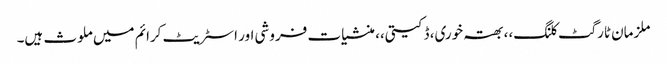
ملزمان ٹارگٹ کلنگ،، بھتہ خوری، ڈکیتی،، منشیات فروشی اور اسٹریٹ کرائم میں ملوث ہیں۔